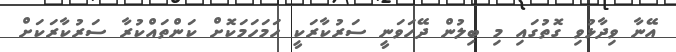
އޭނާ ވިދާޅުވި ގޮތުގައި މި ބިލުން ދޭހަވަނީ ސަރުކާރަކީ ހަމަހަމަކޮށް ކަންތައްކުރާ ސަރުކާރަކަށް